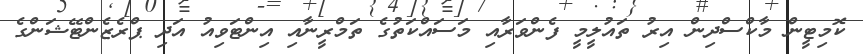
ކޮމިޓީން މާކްސްދިން އިރު ތައުލީމީ ފެންވަރާއި މަސައްކަތުގެ ތަމްރީނާއި އިންޓަވިއު އަދި ޕްރެޒެންޓޭޝަންގެ